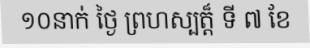
១០នាក់ ថ្ងៃ ព្រហស្បត្ត៏ ទី ៧ ខែ